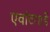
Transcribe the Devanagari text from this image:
एवांटगार्डे